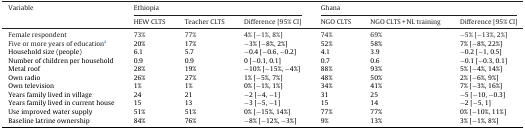
| Variable | <COLSPAN=3> Ethiopia | <COLSPAN=3> Ghana |
 |  | HEW CLTS | Teacher CLTS | Difference [95% CI] | NGO CLTS | NGO CLTS + NL training | Difference [95% CI] |
 | --- | --- | --- | --- | --- | --- | --- |
 | Female respondent | 73% | 77% | 4% [−1%, 8%] | 74% | 69% | −5% [−13%, 2%] |
 | Five or more years of educationa | 20% | 17% | −3% [−8%, 2%] | 52% | 58% | 7% [−8%, 22%] |
 | Household size (people) | 6.1 | 5.7 | −0.4 [−0.6, −0.2] | 4.1 | 3.9 | −0.2 [−1, 0.5] |
 | Number of children per household | 0.9 | 0.9 | 0 [−0.1, 0.1] | 0.7 | 0.6 | −0.1 [−0.3, 0.1] |
 | Metal roof | 28% | 19% | −10% [−15%, −4%] | 88% | 93% | 5% [−4%, 14%] |
 | Own radio | 26% | 27% | 1% [−5%, 7%] | 48% | 50% | 2% [−6%, 9%] |
 | Own television | 1% | 1% | 0% [−1%, 1%] | 34% | 41% | 7% [−3%, 16%] |
 | Years family lived in village | 24 | 21 | −2 [−4, −1] | 31 | 25 | −5 [−10, −0.3] |
 | Years family lived in current house | 15 | 13 | −3 [−5, −1] | 15 | 14 | −2 [−5, 1] |
 | Use improved water supply | 51% | 51% | 0% [−15%, 14%] | 77% | 77% | 0% [−10%, 11%] |
 | Baseline latrine ownership | 84% | 76% | −8% [−12%, −3%] | 9% | 13% | 3% [−1%, 8%] |